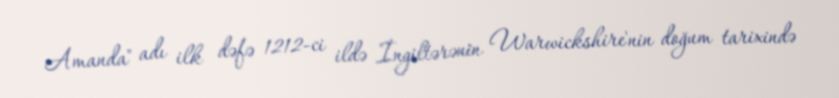
Amanda" adı ilk dəfə 1212-ci ildə İngiltərənin Warwickshire'nin doğum tarixində